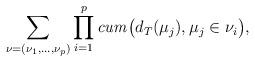
LaTeX: \begin{align*}\sum_{\nu=(\nu_{1},\ldots,\nu_{p})}\prod_{i=1}^{p}\mathit{cum}\bigl(d_{T}(\mu_{j}),\mu_{j}\in\nu_{i} \bigr), \end{align*}